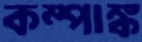
কম্পাঙ্ক